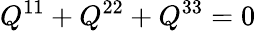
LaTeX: Q^{11}+Q^{22}+Q^{33}=0